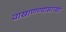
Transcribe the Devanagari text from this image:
वाखाणण्यासारखा